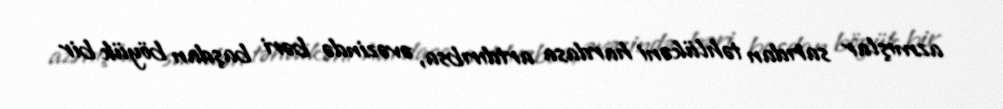
azmışlar sarıdan təhlükəni hardasa artdırıbsa, əvəzində bəri başdan böyük bir